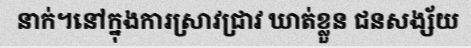
នាក់។នៅក្នុងការស្រាវជ្រាវ ឃាត់ខ្លួន ជនសង្ស័យ